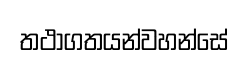
තථාගතයන්වහන්සේ